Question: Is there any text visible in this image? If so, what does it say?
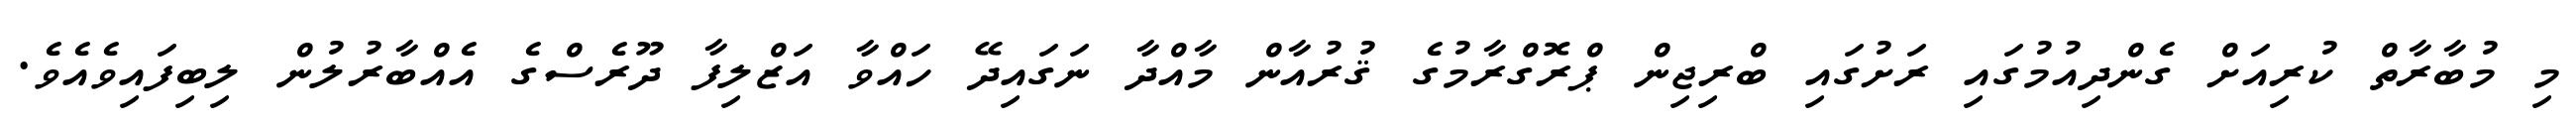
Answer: މި މުބާރާތް ކުރިއަށް ގެންދިއުމުގައި ރަށުގައި ބްރިޖިން ޕްރޮގްރާމުގެ ޤުރުއާން މާއްދާ ނަގައިދޭ ހައްވާ އަޒްލިފާ ދޫރެސްގެ އެއްބާރުލުން ލިބިފައިވެއެވެ.